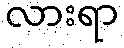
လားရာ